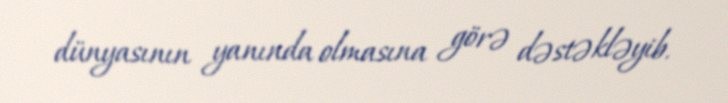
dünyasının yanında olmasına görə dəstəkləyib.